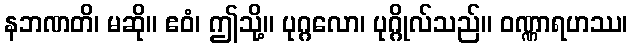
နဘဏတိ၊ မဆို။ ဧဝံ၊ ဤသို့။ ပုဂ္ဂလော၊ ပုဂ္ဂိုလ်သည်။ ဝဏ္ဏာရဟဿ၊